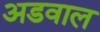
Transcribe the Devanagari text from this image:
अडवाल